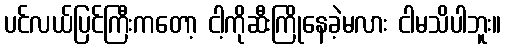
ပင်လယ်ပြင်ကြီးကတော့ ငါ့ကိုဆီးကြိုနေခဲ့မလား ငါမသိပါဘူး။